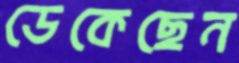
ডেকেছেন